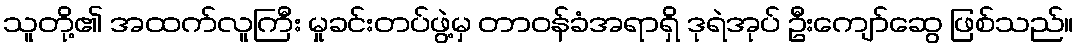
သူတို့၏ အထက်လူကြီး မှုခင်းတပ်ဖွဲ့မှ တာဝန်ခံအရာရှိ ဒုရဲအုပ် ဦးကျော်ဆွေ ဖြစ်သည်။